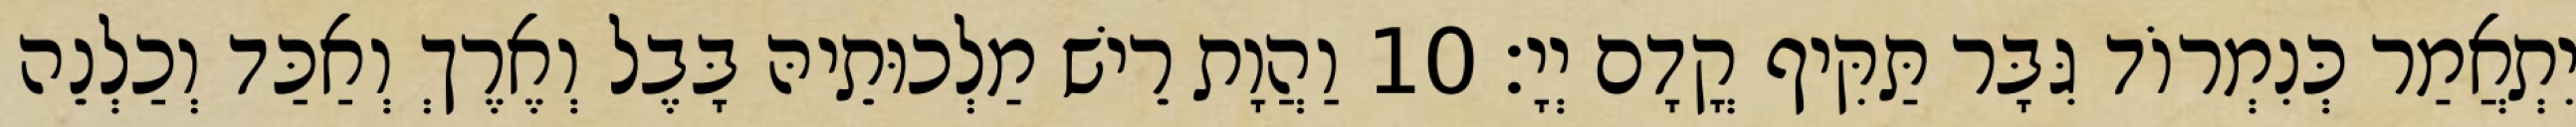
יִתְאֲמַר כְּנִמְרוֹד גִּבָּר תַּקִּיף קֳדָם יְיָ׃ 10 וַהֲוָת רֵישׁ מַלְכוּתֵיהּ בָּבֶל וְאֶרֶךְ וְאַכַּד וְכַלְנֵה